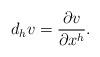
LaTeX: \begin{align*}d_{h}v=\frac{\partial v}{\partial x^{h}}.\end{align*}